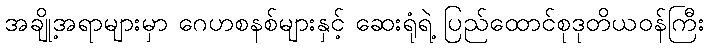
အချို့အရာများမှာ ဂေဟစနစ်များနှင့် ဆေးရုံရဲ့ ပြည်ထောင်စုဒုတိယဝန်ကြီး